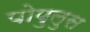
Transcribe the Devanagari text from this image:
पोपुलुस